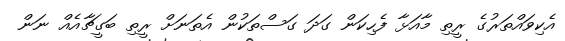
އެކިވައްތަރުގެ ރީތި މާއަޅާ ފެހިކަން ގަދަ ގަސްތަކުން އެތަނަށް ރީތި ބަގީޗާއެއް ނަން